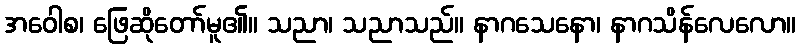
အဝေါစ၊ ဖြေဆိုတော်မူ၏။ သညာ၊ သညာသည်။ နာဂသေနော၊ နာဂသိန်လေလော။